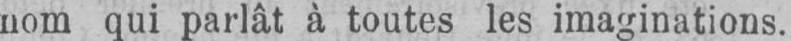
nom qui parlât à toutes les imaginations.